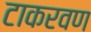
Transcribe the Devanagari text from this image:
टाकरवण